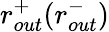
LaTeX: r_{out}^{+}(r_{out}^{-})